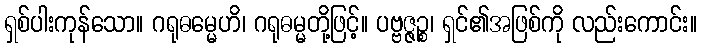
ရှစ်ပါးကုန်သော။ ဂရုဓမ္မေဟိ၊ ဂရုဓမ္မတို့ဖြင့်။ ပဗ္ဗဇ္ဇဉ္စ၊ ရှင်၏အဖြစ်ကို လည်းကောင်း။